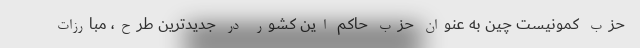
حزب کمونیست چین به عنوان حزب حاکم این کشور در جدیدترین طرح، مبارزات